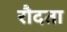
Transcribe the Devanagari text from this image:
रौदता